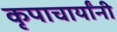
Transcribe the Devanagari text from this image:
कृपाचार्यांनी